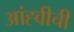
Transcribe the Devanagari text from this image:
आंह्वीची